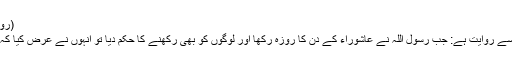
(رواہ النسائی واحمد)
سیدنا ابن عباسؓ سے روایت ہے: جب رسول اللہؐ نے عاشوراء کے دن کا روزہ رکھا اور لوگوں کو بھی رکھنے کا حکم دیا تو انہوں نے عرض کیا کہ اللہ کے رسول !